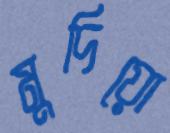
মুদিয়ো